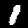
Label: 1